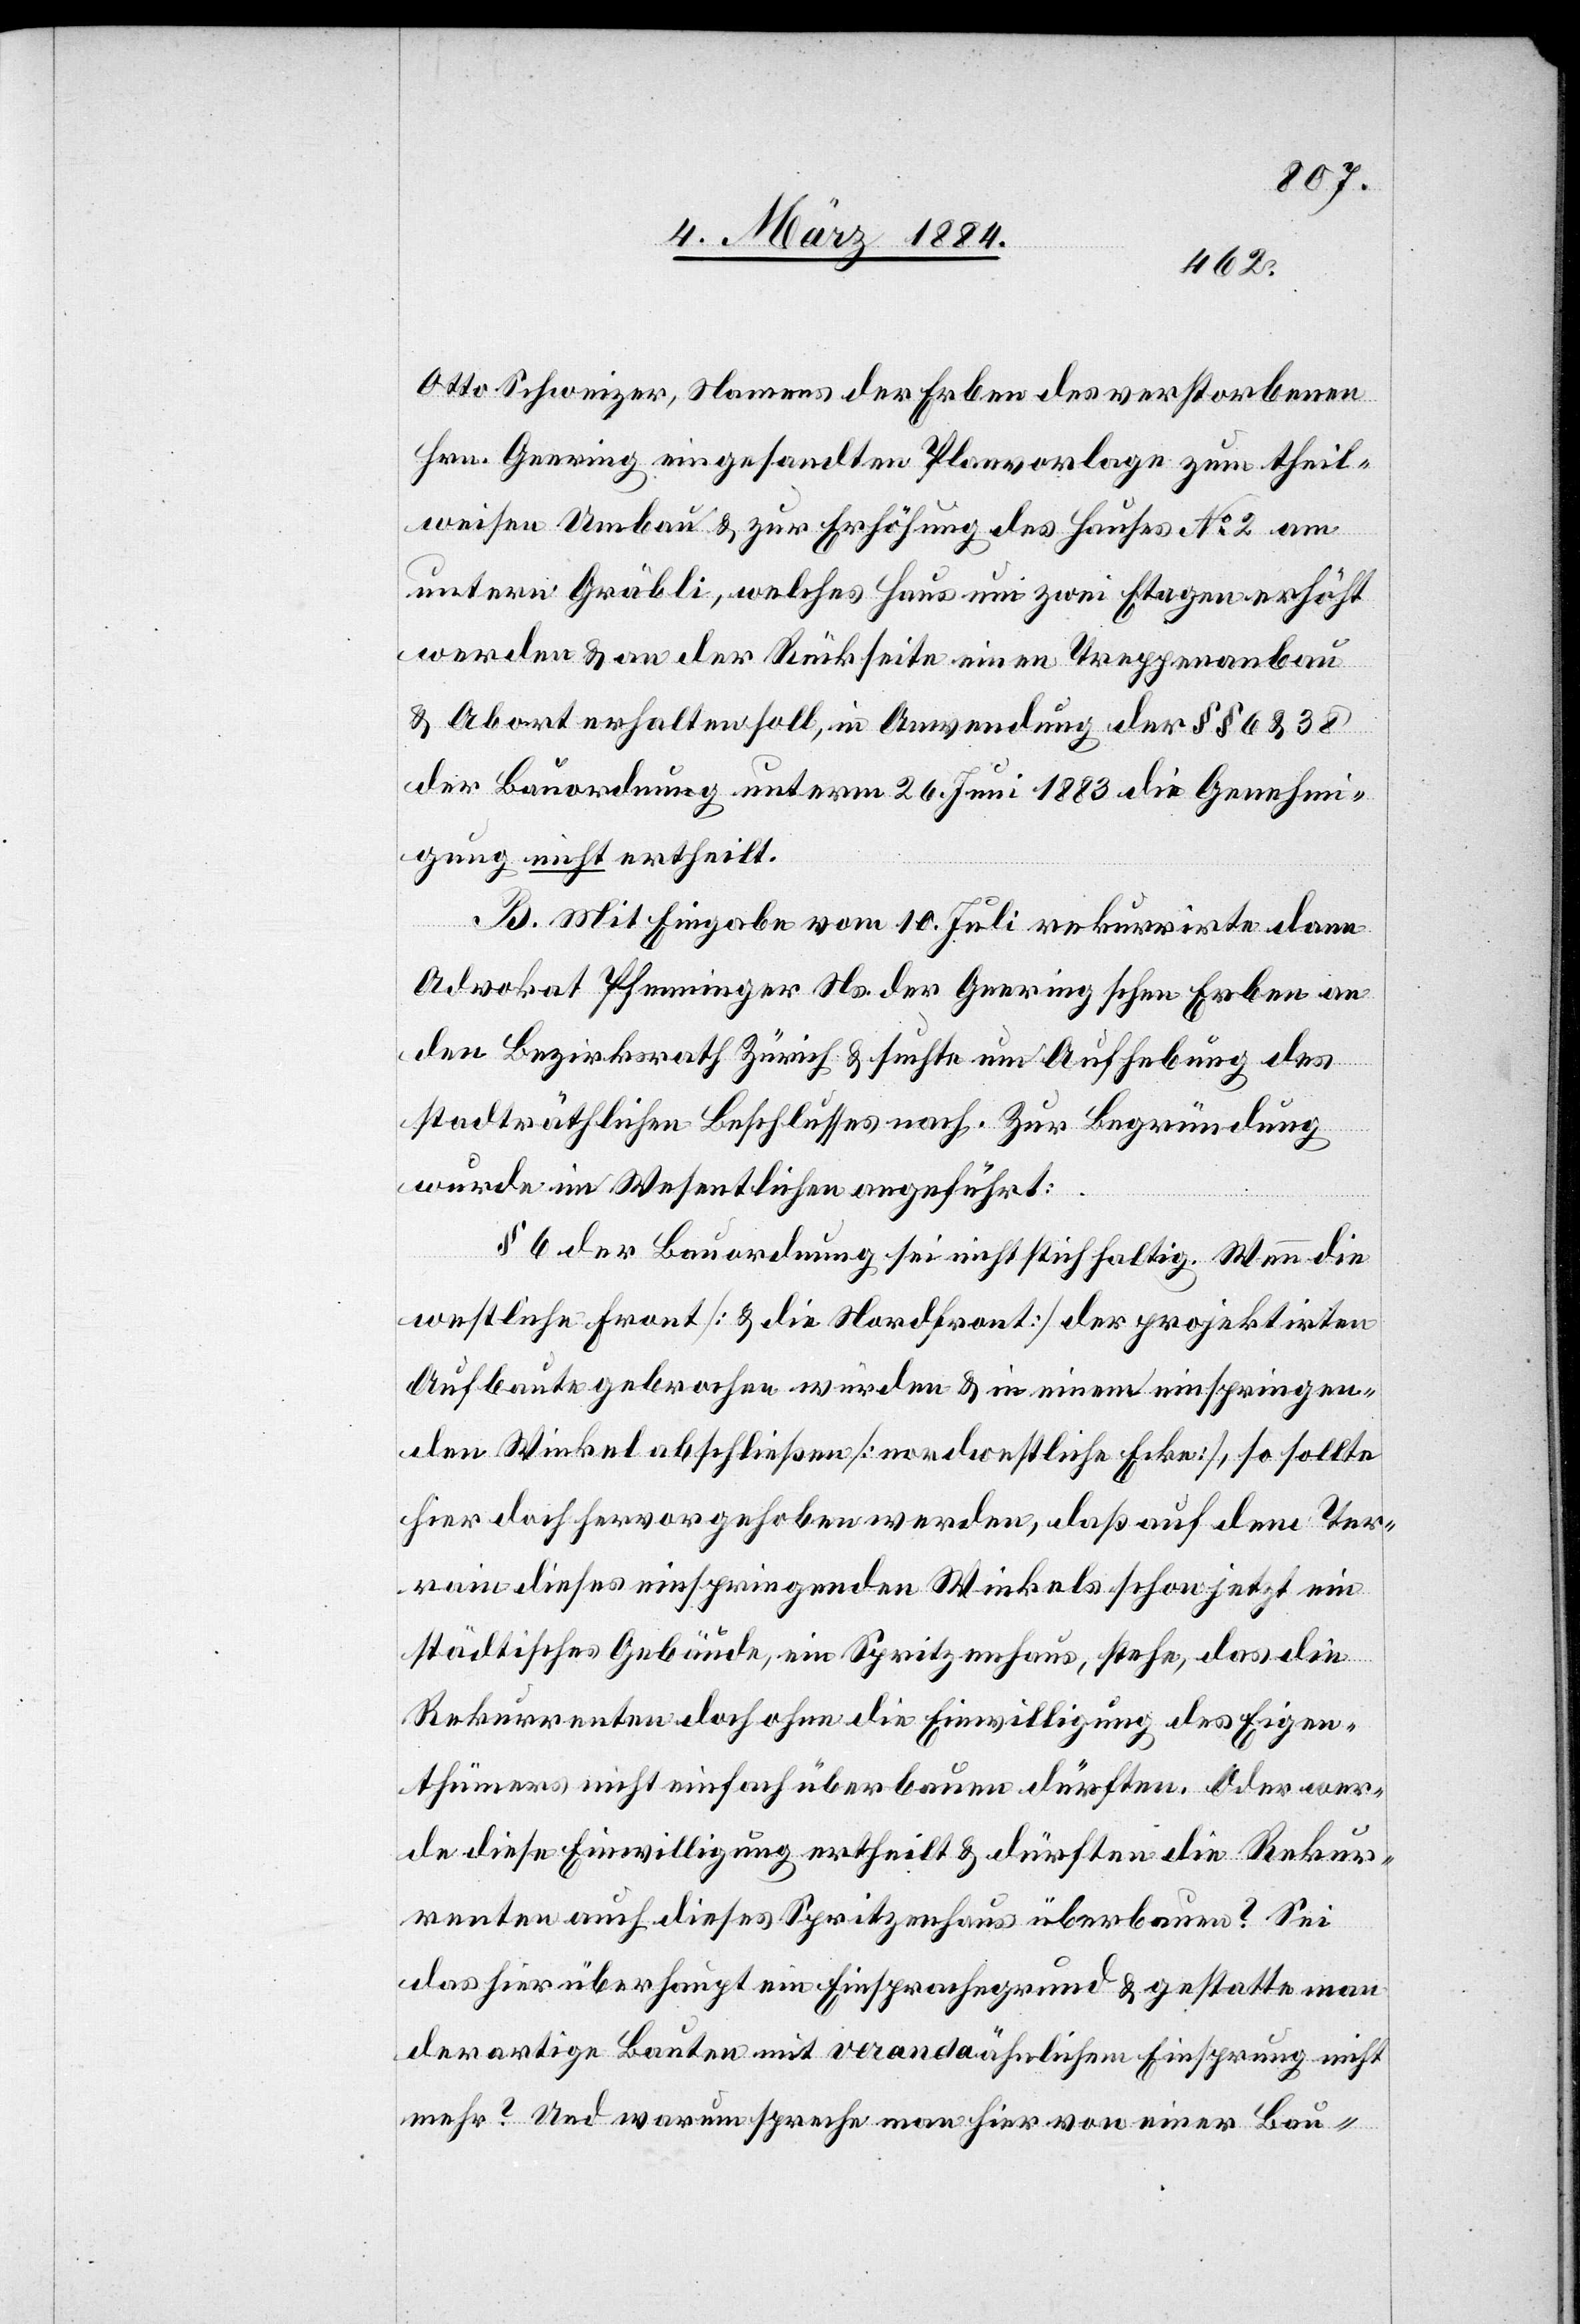
Otto Schweizer, Namens der Erben des verstorbenen
Hrn. Geering eingesandten Planvorlage zum theil¬
weisen Umbau & zur Erhöhung des Hauses No 2 am
untern Gräbli, welches Haus um zwei Etagen erhöht
werden & an der Rückseite einen Treppenanbau
& Abort erhalten soll, in Anwendung der §§ 6 & 38
der Bauordnung unterm 26. Juni 1883 die Genehmi¬
gung nicht ertheilt.
B. Mit Eingabe vom 10. Juli rekurrirte dann
Advokat Pfenninger Ns. der Geeringschen Erben an
den Bezirksrath Zürich & suchte um Aufhebung des
stadträthlichen Beschlusses nach. Zur Begründung
wurde im Wesentlichen angeführt:
§ 6 der Bauordnung sei nicht stichhaltig. Wenn die
westliche Front [& die Nordfront] der projektirten
Aufbaute gebrochen würde & in einem einspringen¬
den Winkel abschließen [nordwestliche Ecke], so sollte
hier doch hervorgehoben werden, daß auf dem Ter¬
rain dieses einspringenden Winkels schon jetzt ein
städtisches Gebäude, ein Spritzenhaus, stehe, das die
Rekurrenten doch ohne die Einwilligung des Eigen¬
thümers nicht einfach überbauen dürften. Oder wer¬
de diese Einwilligung ertheilt & dürften die Rekur¬
renten auch dieses Spritzenhaus überbauen? Sei
das hier überhaupt ein Einsprachegrund & gestatte man
derartige Bauten mit verandaähnlichem Einsprung nicht
mehr? Und warum spreche man hier von einer Bau-